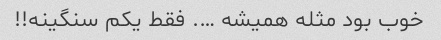
خوب بود مثله همیشه …. فقط یکم سنگینه!!